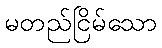
မတည်ငြိမ်သော